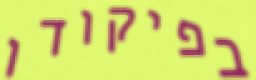
בפיקודו